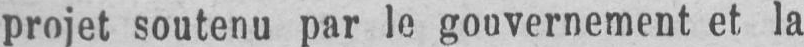
projet soutenu par le gouvernement et la